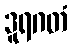
ဒူရဂတံ